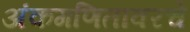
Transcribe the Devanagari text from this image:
अंकगणितावरचे